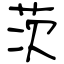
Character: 茨